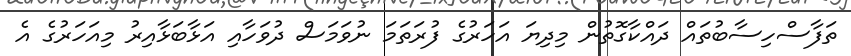
ތަފާސްހިސާބުތައް ދައްކާގޮތުން މިދިޔަ އަހަރުގެ ފުރަތަމަ ނުވަމަސް ދުވަހާއި އަޅާބަޅާއިރު މިއަހަރުގެ އެ